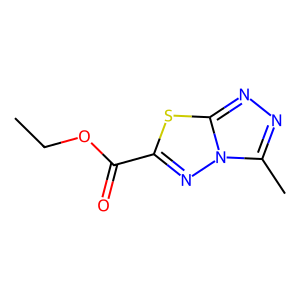
SMILES: CCOC(=O)c1nn2c(C)nnc2s1
Inhibits HIV replication: No